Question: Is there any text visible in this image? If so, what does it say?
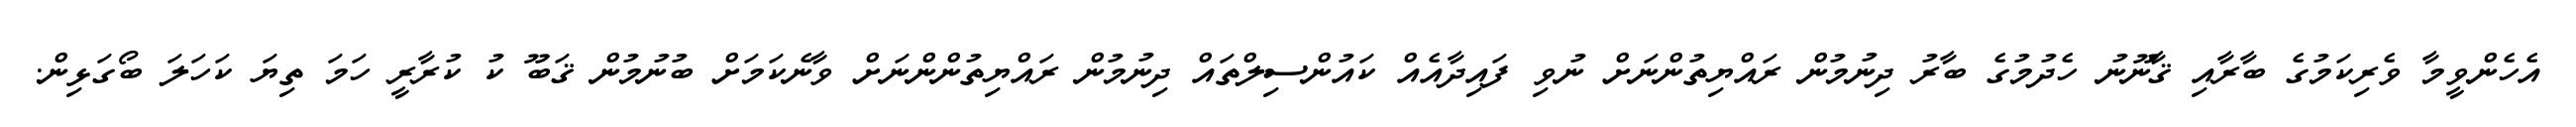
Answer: އެހެންވީމާ ވެރިކަމުގެ ބާރާއި ޤާނޫނު ހެދުމުގެ ބާރު ދިނުމުން ރައްޔިތުންނަށް ނުވި ފައިދާއެއް ކައުންސިލްތައް ދިނުމުން ރައްޔިތުންންނަށް ވާނެކަމަށް ބުނުމުން ޤަބޫ ކު ކުރާރީ ހަމަ ތިޔަ ކަހަލަ ބޯގަޅިން.